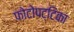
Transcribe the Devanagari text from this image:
फोटोपट्टिका